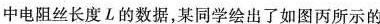
中电阻丝长度L的数据，某同学绘出了如图丙所示的